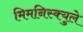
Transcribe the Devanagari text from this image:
मिमनिस्क्युले